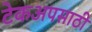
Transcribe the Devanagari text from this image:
टेकअपसाठी